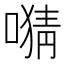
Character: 𫫜